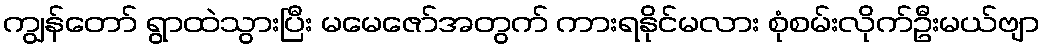
ကျွန်တော် ရွာထဲသွားပြီး မမေဇော်အတွက် ကားရနိုင်မလား စုံစမ်းလိုက်ဦးမယ်ဗျာ